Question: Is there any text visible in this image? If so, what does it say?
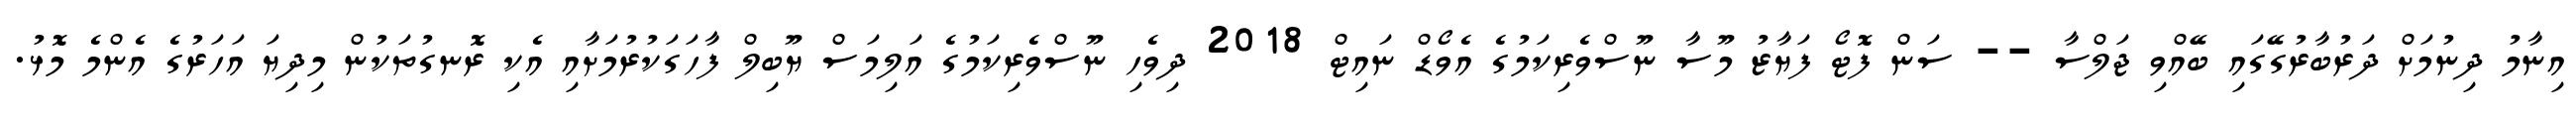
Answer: އިނާމު ދިނުމަށް ދަރުބާރުގޭގައި ބޭއްވި ޖަލްސާ -- ސަން ފޮޓޯ ފަޔާޒު މޫސާ ނޫސްވެރިކަމުގެ އެވޯޑް ނައިޓް 2018 ދިވެހި ނޫސްވެރިކަމުގެ އަލިމަސް ޔޫބިލް ފާހަގަކުރުމަށާއި އެކި ރޮނގުތަކުން މިދިޔަ އަހަރުގެ އެންމެ މޮޅު.